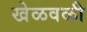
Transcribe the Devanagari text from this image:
खेळवळी